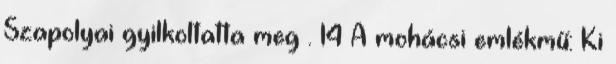
Szapolyai gyilkoltatta meg . 14 A mohácsi emlékmű: Ki